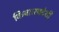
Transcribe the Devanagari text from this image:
किया।स्वदेशी